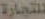
للتجارة